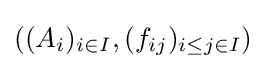
((A_{i})_{i\in I},(f_{ij})_{i\leq j\in I})